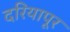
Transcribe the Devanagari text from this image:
दरियापूर